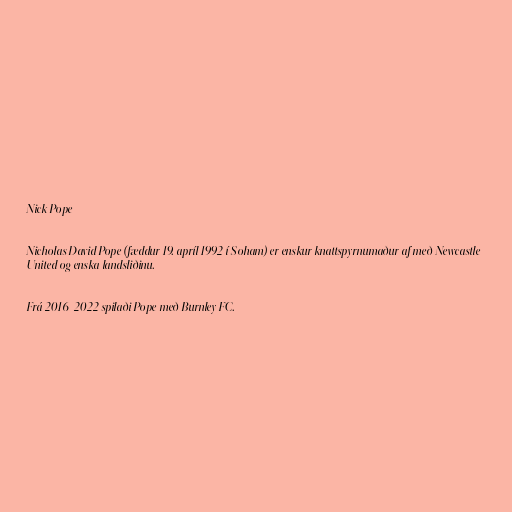
Nick Pope

Nicholas David Pope (fæddur 19. apríl 1992 í Soham) er enskur knattspyrnumaður af með Newcastle
United og enska landsliðinu.

Frá 2016-2022 spilaði Pope með Burnley FC.